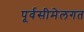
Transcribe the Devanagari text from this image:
पूर्वसीमेलगत